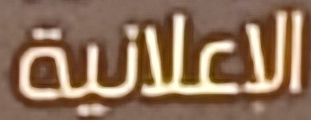
الإعلانية